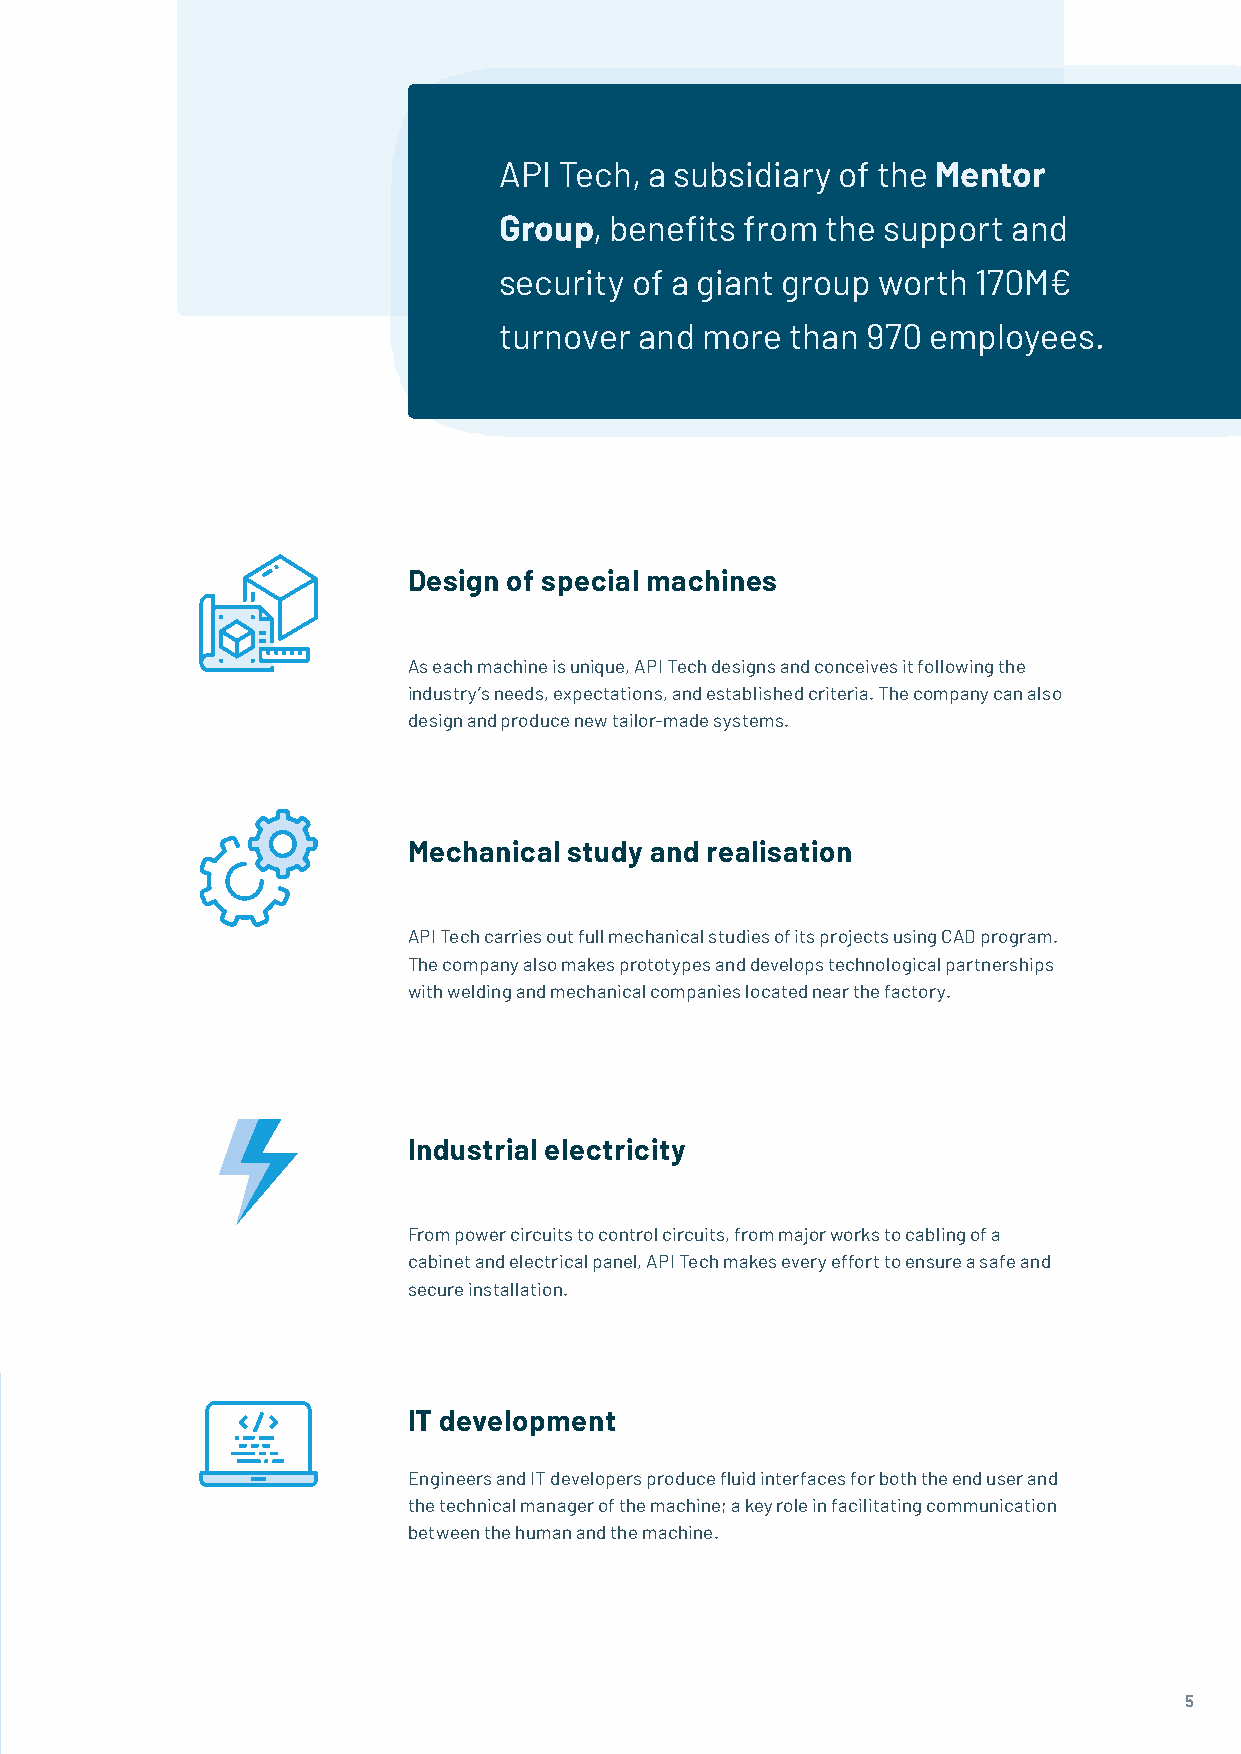
API Tech, a subsidiary of the Mentor
 Group, benefits from  the support and
 security of a giant group worth 170M€
 turnover and more  than 970 employees.
 Design of special machines
 As each machine is unique, API Tech designs and conceives it following the
 industry’s needs, expectations, and established criteria. The company can also
 design and produce new tailor-made systems.
 Mechanical study and realisation
 API Tech carries out full mechanical studies of its projects using CAD program.
 The company also makes prototypes and develops technological partnerships
 with welding and mechanical companies located near the factory.
 Industrial electricity
 From power circuits to control circuits, from major works to cabling of a
 cabinet and electrical panel, API Tech makes every effort to ensure a safe and
 secure installation.
 IT development
 Engineers and IT developers produce fluid interfaces for both the end user and
 the technical manager of the machine; a key role in facilitating communication
 between the human and the machine.
 5